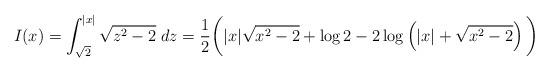
LaTeX: \begin{align*}I(x) = \int_{\sqrt{2}}^{|x|} \sqrt{z^2-2}\; d z = \frac{1}{2} \bigg(|x| \sqrt{x^2-2}+\log 2 -2 \log \left(|x|+\sqrt{x^2-2}\right) \bigg)\end{align*}